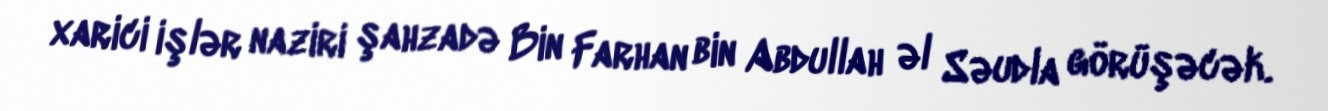
xarici işlər naziri şahzadə Bin Farhan bin Abdullah əl Səudla görüşəcək.